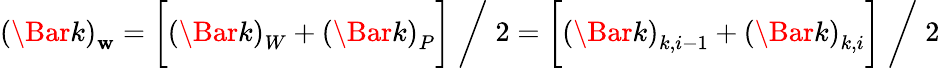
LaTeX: \left(\Bar{k}\right)_{\mathbf{w}}=\biggl[\left(\Bar{k}\right)_{W}+\left(\Bar{k}\right)_{P}\biggr]\; \bigg/\; 2=\biggl[\left(\Bar{k}\right)_{k,i-1}+\left(\Bar{k}\right)_{k,i}\biggr]\; \bigg/\; 2